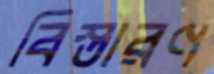
বিস্তারণ